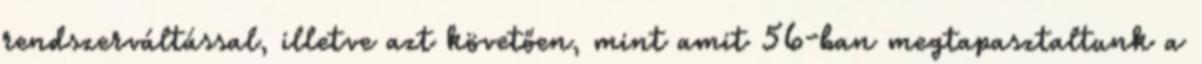
rendszerváltással, illetve azt követően, mint amit 56-ban megtapasztaltunk a